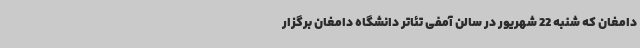
دامغان که شنبه 22 شهریور در سالن آمفی تئاتر دانشگاه دامغان برگزار